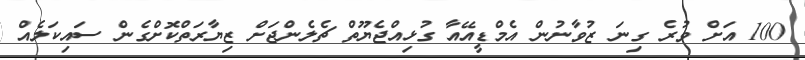
100 އަށް ވުރެ ގިނަ ޒުވާނުން އެމްޑީއޭއާ ގުޅިއްޖެޔޫތް ޗެލެންޖަށް ޒިޔާރަތްކޮށްގެން ސައިކަލެއް